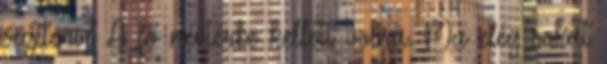
segíteni? A fő névtérbe kellett volna. Ma elég sokat